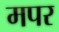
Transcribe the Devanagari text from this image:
मपर